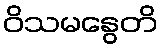
ဝိသမနွေတိ